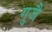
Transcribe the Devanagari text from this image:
गुजै